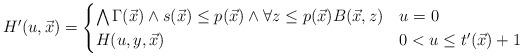
LaTeX: \begin{align*}H'(u, \vec{x})=\begin{cases}\bigwedge \Gamma(\vec{x}) \wedge s(\vec{x}) \leq p(\vec{x}) \wedge \forall z \leq p(\vec{x}) B(\vec{x}, z) & u=0\\H(u, y, \vec{x}) & 0<u \leq t'(\vec{x})+1\\\end{cases} \end{align*}